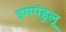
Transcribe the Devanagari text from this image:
इमपंडुलू